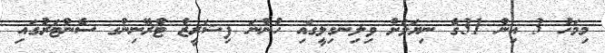
މިމަހު 3 އިން 31ގެ ނިޔަލަށް ވިލިނގިލީގައި ހުންނަ ފިޝަރީޒް ޓްރޭނިންގ ސެންޓަރުގައި